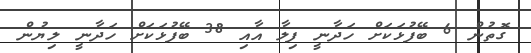
ގޮތުން 6 ބޭފުޅަކަށް ހަދާނީ ފިލާ އާއި 38 ބޭފުޅަކަށް ހަދާނީ ލިޔުން